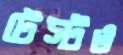
টেস্টও